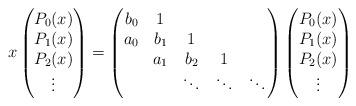
LaTeX: \begin{align*}x\begin{pmatrix}P_{0}(x) \\P_{1}(x) \\P_{2}(x) \\\vdots\end{pmatrix}=\begin{pmatrix}b_{0} & 1 & & & \\a_{0} & b_{1} & 1 & \\ & a_{1} & b_{2} & 1 & \\ & & \ddots & \ddots & \ddots \end{pmatrix}\begin{pmatrix}P_{0}(x) \\P_{1}(x) \\P_{2}(x) \\\vdots\end{pmatrix}\end{align*}